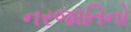
નરજાતિનો